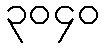
၃၀၄၀